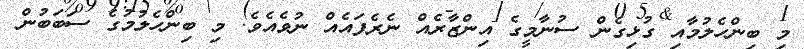
މި ބިންހެލުމާއި ގުޅިގެން ސުނާމީގެ އިންޒާރެއް ނެރެފައެއް ނުވެއެވެ. މި ބިންހެލުމުގެ ސަބަބުން